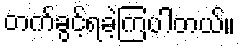
တက်ခွင့်ရခဲ့ကြပါတယ်။